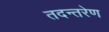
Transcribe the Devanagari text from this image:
तदन्तरेण